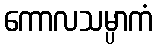
ကောလသမ္ပာကံ